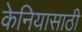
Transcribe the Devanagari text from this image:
केनियासाठी